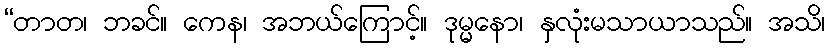
“တာတ၊ ဘခင်။ ကေန၊ အဘယ်ကြောင့်။ ဒုမ္မနော၊ နှလုံးမသာယာသည်။ အသိ၊